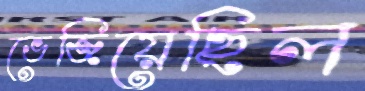
ভেজিয়েছিল